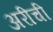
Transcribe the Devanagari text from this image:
अरीची